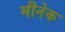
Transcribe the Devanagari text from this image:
मीनेक